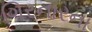
ગિરનારના